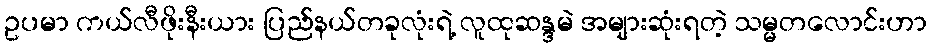
ဥပမာ ကယ်လီဖိုးနီးယား ပြည်နယ်တခုလုံးရဲ့ လူထုဆန္ဒမဲ အများဆုံးရတဲ့ သမ္မတလောင်းဟာ